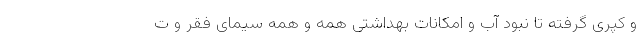
و کپری گرفته تا نبود آب و امکانات بهداشتی همه و همه سیمای فقر و ت